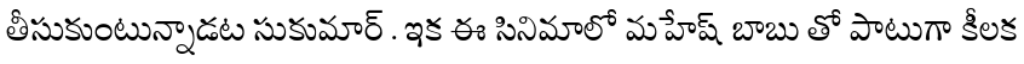
తీసుకుంటున్నాడట సుకుమార్ . ఇక ఈ సినిమాలో మహేష్ బాబు తో పాటుగా కీలక